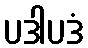
ပဒါပဒံ